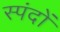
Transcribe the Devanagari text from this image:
स्‍पंदों